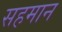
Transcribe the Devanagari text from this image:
सहमान